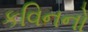
કવિનનો